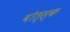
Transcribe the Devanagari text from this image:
वोत्स्क